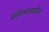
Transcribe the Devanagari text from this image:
सर्वकामावसायिता